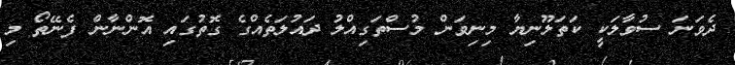
ދެވަނަ ސުވާލަކީ ކަތަލޫނިޔާ މިނިވަން މުސްތަގިއްލު ދައުލަތެއްގެ ގޮތުގައި އޮންނާން ފެނޭތޯ މި